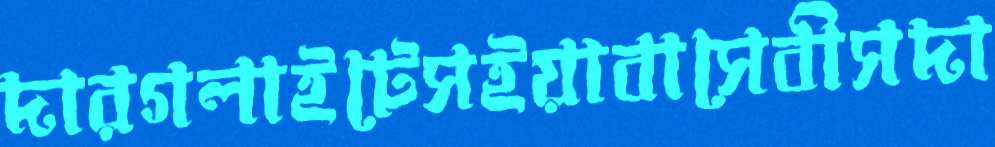
দারগলাইটেসইয়াবাসেবীসদা